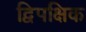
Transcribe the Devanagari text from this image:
द्विपक्षिक